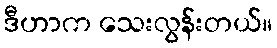
ဒီဟာက သေးလွန်းတယ်။